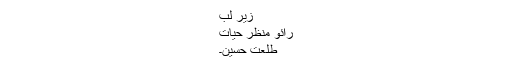
زیر لب
رائو منظر حیات
طلعت حسین۔